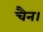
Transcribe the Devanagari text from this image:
चैन।